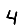
Digit: 4